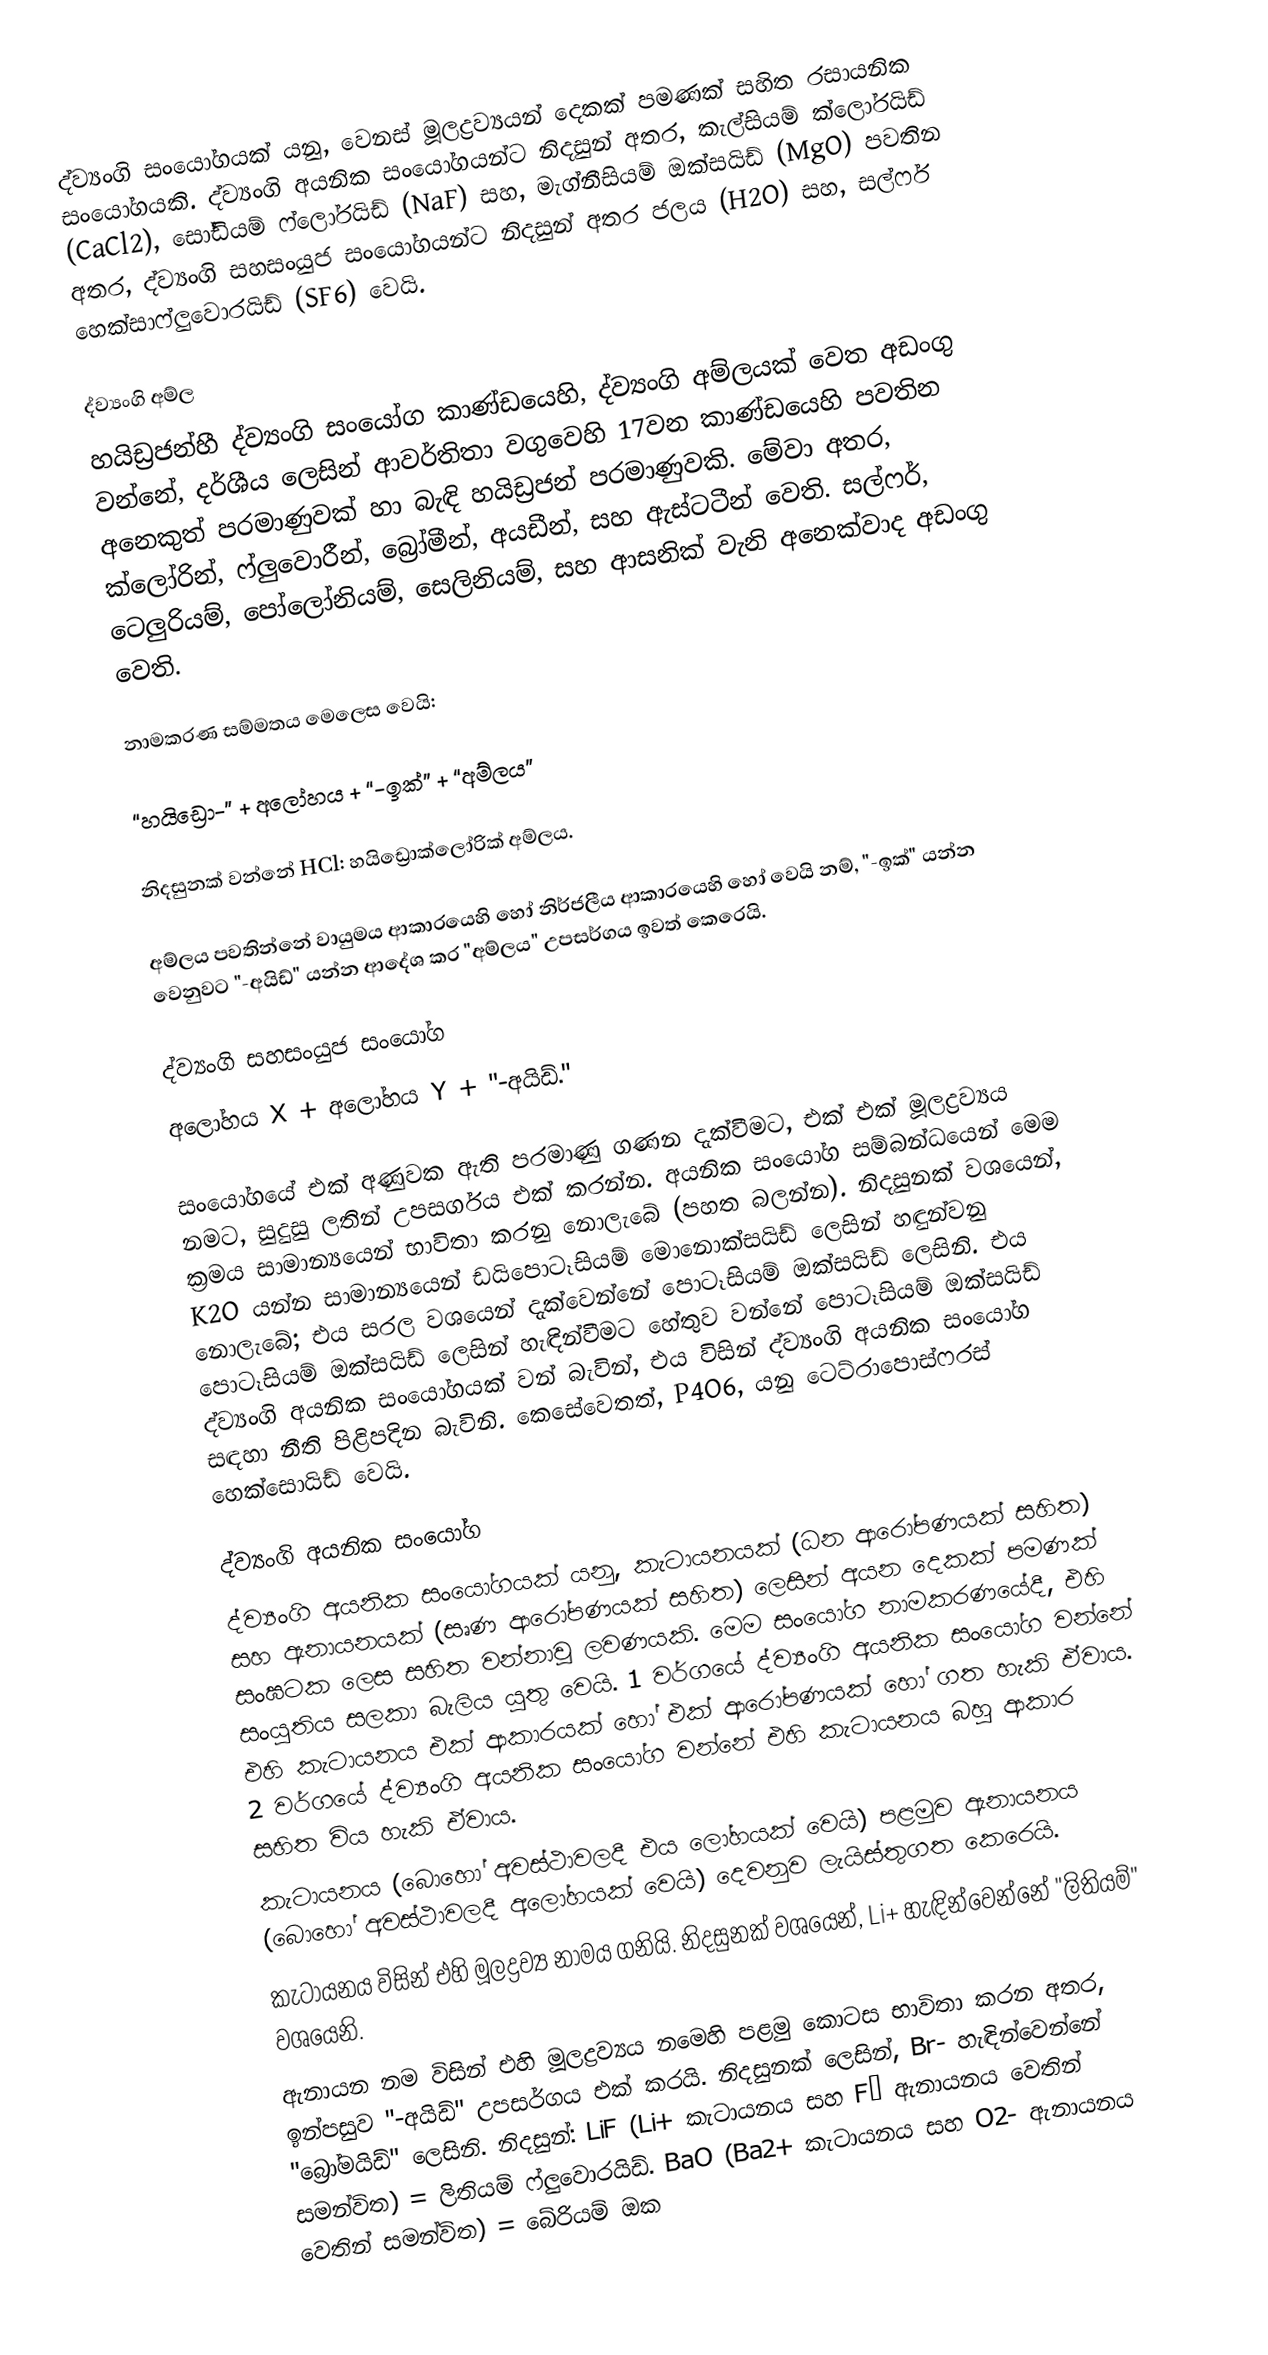
ද්ව්‍යංගි සංයෝගයක් යනු, වෙනස්  මූලද්‍රව්‍යයන් දෙකක් පමණක් සහිත රසායනික සංයෝගයකි. ද්ව්‍යංගි අයනික සංයෝගයන්ට නිදසුන් අතර,  කැල්සියම් ක්ලෝරයිඩ් (CaCl2), සෝඩියම් ෆ්ලෝරයිඩ් (NaF) සහ, මැග්නීසියම් ඔක්සයිඩ් (MgO) පවතින අතර, ද්ව්‍යංගි සහසංයුජ සංයෝගයන්ට නිදසුන් අතර  ජලය (H2O) සහ, සල්ෆර් හෙක්සාෆ්ලුවොරයිඩ් (SF6) වෙයි.

ද්ව්‍යංගි අම්ල
හයිඩ්‍රජන්හී ද්ව්‍යංගි සංයෝග කාණ්ඩයෙහි,  ද්ව්‍යංගි අම්ලයක් වෙත අඩංගු වන්නේ, දර්ශීය ලෙසින්   ආවර්තිතා වගුවෙහි 17වන කාණ්ඩයෙහි පවතින අනෙකුත් පරමාණුවක් හා බැඳි හයිඩ්‍රජන් පරමාණුවකි. මේවා අතර,  ක්ලෝරින්, ෆ්ලුවොරීන්, බ්‍රෝමීන්, අයඩීන්, සහ ඇස්ටටීන් වෙති. සල්ෆර්, ටෙලුරියම්, පෝලෝනියම්, සෙලිනියම්, සහ ආසනික් වැනි අනෙක්වාද අඩංගු වෙති.

නාමකරණ සම්මතය මෙලෙස වෙයි:

“හයිඩ්‍රො-” + අලෝහය + “-ඉක්” + “අම්ලය”

නිදසුනක් වන්නේ HCl: හයිඩ්‍රොක්ලෝරික්  අම්ලය.

අම්ලය පවතින්නේ වායුමය ආකාරයෙහි හෝ නිර්ජලීය ආකාරයෙහි හෝ වෙයි නම්, "-ඉක්" යන්න වෙනුවට "-අයිඩ්" යන්න ආදේශ කර  "අම්ලය" උපසර්ගය ඉවත් කෙරෙයි.

ද්ව්‍යංගි සහසංයුජ සංයෝග
අලෝහය X + අලෝහය Y + "-අයිඩ්."

සංයෝගයේ එක් අණුවක ඇති පරමාණු ගණන දැක්වීමට, එක් එක් මූලද්‍රව්‍යය නමට, සුදුසු ලතින් උපසර්ගය එක් කරන්න. අයනික සංයෝග සම්බන්ධයෙන් මෙම ක්‍රමය සාමාන්‍යයෙන් භාවිතා කරනු නොලැබේ (පහත බලන්න). නිදසුනක් වශයෙන්, K2O යන්න සාමාන්‍යයෙන්  ඩයිපොටෑසියම් මොනොක්සයිඩ් ලෙසින් හඳුන්වනු නොලැබේ; එය සරල වශයෙන් දැක්වෙන්නේ පොටෑසියම් ඔක්සයිඩ් ලෙසිනි. එය පොටෑසියම් ඔක්සයිඩ් ලෙසින් හැඳින්වීමට හේතුව වන්නේ පොටෑසියම් ඔක්සයිඩ් ද්ව්‍යංගි අයනික සංයෝගයක් වන් බැවින්, එය විසින් ද්ව්‍යංගි අයනික සංයෝග සඳහා නීති පිළිපදින බැවිනි. කෙසේවෙතත්, P4O6, යනු ටෙට්රාපොස්ෆරස් හෙක්සොයිඩ් වෙයි.

ද්ව්‍යංගි අයනික සංයෝග
ද්ව්‍යංගි අයනික සංයෝගයක් යනු,  කැටායනයක් (ධන ආරෝපණයක් සහිත) සහ ඇනායනයක් (සෘණ ආරෝපණයක් සහිත) ලෙසින් අයන දෙකක් පමණක් සංඝටක ලෙස සහිත වන්නාවූ ලවණයකි. මෙම සංයෝග නාමකරණයේදී, එහි සංයුතිය සලකා බැලිය යුතු වෙයි. 1 වර්ගයේ  ද්ව්‍යංගි අයනික සංයෝග වන්නේ එහි කැටායනය එක් ආකාරයක් හෝ එක් ආරෝපණයක් හෝ ගත හැකි ඒවාය. 2 වර්ගයේ ද්ව්‍යංගි අයනික සංයෝග වන්නේ එහි කැටායනය බහු ආකාර සහිත විය හැකි ඒවාය.
 කැටායනය (බොහෝ අවස්ථාවලදී එය ලෝහයක් වෙයි) පළමුව ඇනායනය (බොහෝ අවස්ථාවලදී අලෝහයක් වෙයි) දෙවනුව ලැයිස්තුගත කෙරෙයි.
 කැටායනය විසින් එහි මූලද්‍රව්‍ය නාමය ගනියි. නිදසුනක් වශයෙන්, Li+ හැඳින්වෙන්නේ "ලිතියම්" වශයෙනි.
 ඇනායන නම විසින් එහි මූලද්‍රව්‍යය නමෙහි පළමු කොටස භාවිතා කරන අතර, ඉන්පසුව  "-අයිඩ්" උපසර්ගය එක් කරයි. නිදසුනක් ලෙසින්, Br- හැඳින්වෙන්නේ "බ්‍රෝමයිඩ්" ලෙසිනි. නිදසුන්: LiF (Li+ කැටායනය සහ F− ඇනායනය වෙතින් සමන්විත) = ලිතියම් ෆ්ලුවොරයිඩ්.  BaO (Ba2+ කැටායනය සහ O2- ඇනායනය වෙතින් සමන්විත) = බේරියම් ඔක